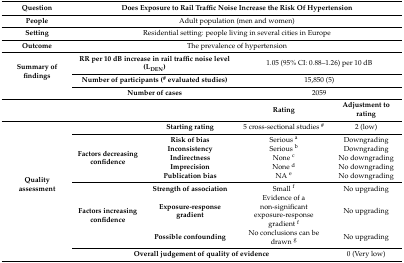
<table><thead><tr><td><b>Question</b></td><td colspan="4"><b>Does Exposure to Rail Traffic Noise Increase the Risk Of Hypertension</b></td></tr></thead><tbody><tr><td><b>People</b></td><td colspan="4">Adult population (men and women)</td></tr><tr><td><b>Setting</b></td><td colspan="4">Residential setting: people living in several cities in Europe</td></tr><tr><td><b>Outcome</b></td><td colspan="4">The prevalence of hypertension</td></tr><tr><td rowspan="3"><b>Summary of findings</b></td><td colspan="2"><b>RR per 10 dB increase in rail traffic noise level (L<sub>DEN</sub>)</b></td><td colspan="2">1.05 (95% CI: 0.88–1.26) per 10 dB</td></tr><tr><td colspan="2"><b>Number of participants (<sup>#</sup> evaluated studies)</b></td><td colspan="2">15,850 (5)</td></tr><tr><td colspan="2"><b>Number of cases</b></td><td colspan="2">2059</td></tr><tr><td colspan="3"></td><td><b>Rating</b></td><td><b>Adjustment to rating</b></td></tr><tr><td rowspan="10"><b>Quality assessment</b></td><td></td><td><b>Starting rating</b></td><td>5 cross-sectional studies <sup>#</sup></td><td>2 (low)</td></tr><tr><td rowspan="5"><b>Factors decreasing confidence</b></td><td><b>Risk of bias</b></td><td>Serious <sup>a</sup></td><td>Downgrading</td></tr><tr><td><b>Inconsistency</b></td><td>Serious <sup>b</sup></td><td>Downgrading</td></tr><tr><td><b>Indirectness</b></td><td>None <sup>c</sup></td><td>No downgrading</td></tr><tr><td><b>Imprecision</b></td><td>None <sup>d</sup></td><td>No downgrading</td></tr><tr><td><b>Publication bias</b></td><td>NA <sup>e</sup></td><td>No downgrading</td></tr><tr><td rowspan="3"><b>Factors increasing confidence</b></td><td><b>Strength of association</b></td><td>Small <sup>f</sup></td><td>No upgrading</td></tr><tr><td><b>Exposure-response gradient</b></td><td>Evidence of a non-significant exposure-response gradient <sup>f</sup></td><td>No upgrading</td></tr><tr><td><b>Possible confounding</b></td><td>No conclusions can be drawn <sup>g</sup></td><td>No upgrading</td></tr><tr><td colspan="3"><b>Overall judgement of quality of evidence</b></td><td>0 (Very low)</td></tr></tbody></table>